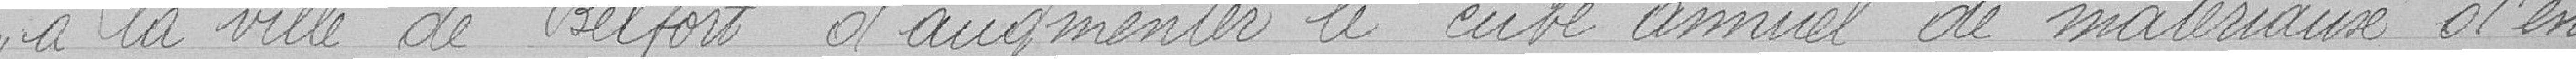
à la ville de Belfort d'augmenter le cube annuel de matériaux d'en-